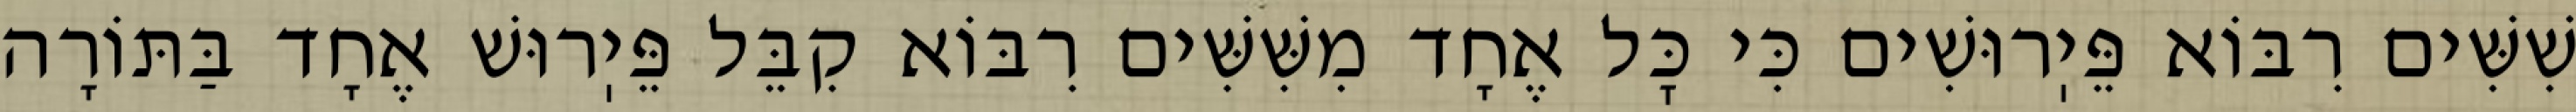
שִׁשִּׁים רִבּוֹא פֵּיֽרוּשִׁים כִּי כׇּל אֶחָד מִשִּׁשִּׁים רִבּוֹא קִבֵּל פֵּיֽרוּשׁ אֶחָד בַּתּוֹרָה